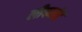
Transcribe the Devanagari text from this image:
लीफलेट